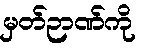
မှတ်ဉာဏ်ကို